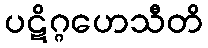
ပဋိဂ္ဂဟေသီတိ